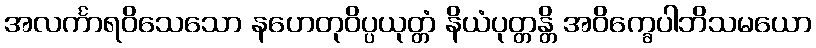
အလင်္ကာရဝိသေသော နဟေတုဝိပ္ပယုတ္တံ နိယံပုတ္တန္တိ အဝိက္ခေပါဘိသမယော